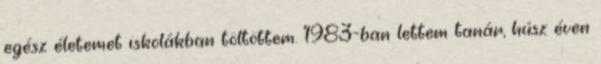
egész életemet iskolákban töltöttem. 1983-ban lettem tanár, húsz éven